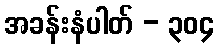
အခန်းနံပါတ် - ၃၀၄